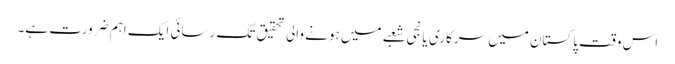
اس وقت پاکستان میں سرکاری یا نجی شعبے میں ہونے والی تحقیق تک رسائی ایک اہم ضرورت ہے۔